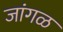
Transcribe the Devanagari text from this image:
जांगळ